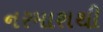
નરમાશથી